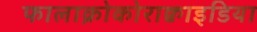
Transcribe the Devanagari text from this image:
फालाक्रोकोराक्वाइडिया